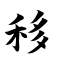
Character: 移